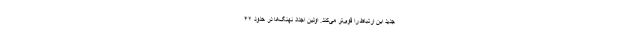
جدید این ارتباط را قوی‌تر می‌کند. اولین اجداد نهنگ‌ها در حدود ۴۲